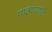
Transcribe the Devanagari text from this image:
पाठ्यावधि